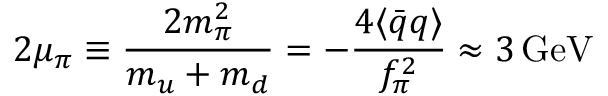
2 \mu _ { \pi } \equiv \frac { 2 m _ { \pi } ^ { 2 } } { m _ { u } + m _ { d } } = - \frac { 4 \langle \bar { q } q \rangle } { f _ { \pi } ^ { 2 } } \approx 3 \, \mathrm { G e V }